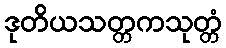
ဒုတိယသတ္တကသုတ္တံ